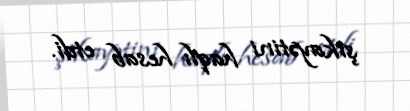
şikayətini haqlı hesab etdi.